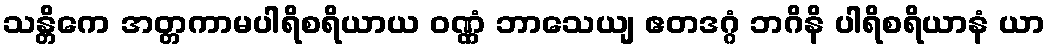
သန္တိကေ အတ္တကာမပါရိစရိယာယ ဝဏ္ဏံ ဘာသေယျ ဧတဒဂ္ဂံ ဘဂိနိ ပါရိစရိယာနံ ယာ